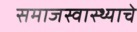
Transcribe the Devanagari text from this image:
समाजस्वास्थ्याचे